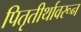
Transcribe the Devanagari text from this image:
पितृतीर्थावरून